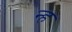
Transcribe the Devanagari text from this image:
न्ह